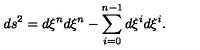
d s ^ { 2 } = d \xi ^ { n } d \xi ^ { n } - \sum _ { i = 0 } ^ { n - 1 } d \xi ^ { i } d \xi ^ { i } .